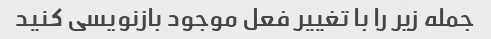
جمله زیر را با تغییر فعل موجود بازنویسی کنید